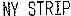
NY STRIP